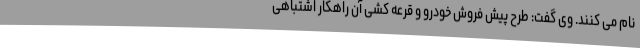
نام می کنند. وی گفت: طرح پیش فروش خودرو و قرعه کشی آن راهکار اشتباهی